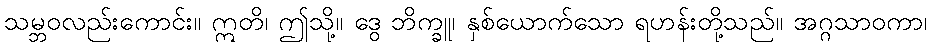
သမ္ဘဝလည်းကောင်း။ ဣတိ၊ ဤသို့။ ဒွေ ဘိက္ခူ၊ နှစ်ယောက်သော ရဟန်းတို့သည်။ အဂ္ဂသာဝကာ၊